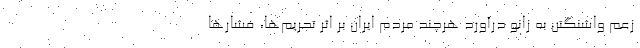
زعم واشنگتن به زانو درآورد هرچند مردم ایران بر اثر تحریم‌ها، فشارها